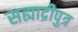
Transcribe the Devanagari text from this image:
सह्याद्रीपुत्र